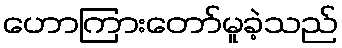
ဟောကြားတော်မူခဲ့သည်